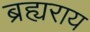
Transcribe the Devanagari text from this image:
ब्रह्यराय